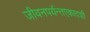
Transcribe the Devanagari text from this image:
जीवनपर्यन्तएकादशी